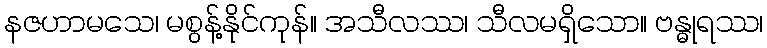
နဇဟာမသေ၊ မစွန့်နိုင်ကုန်။ အသီလဿ၊ သီလမရှိသော။ ဗန္ဓုရဿ၊